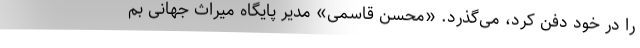
را در خود دفن کرد، می‌گذرد. «محسن قاسمی» مدیر پایگاه میراث جهانی بم